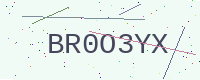
Text: BR0O3YX